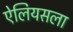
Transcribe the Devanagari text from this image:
ऐलियसला